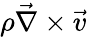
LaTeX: \rho{\vec{\nabla}}\times{\vec{v}}